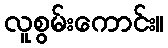
လူစွမ်းကောင်း။